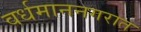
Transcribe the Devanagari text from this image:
वर्धमाननगरात